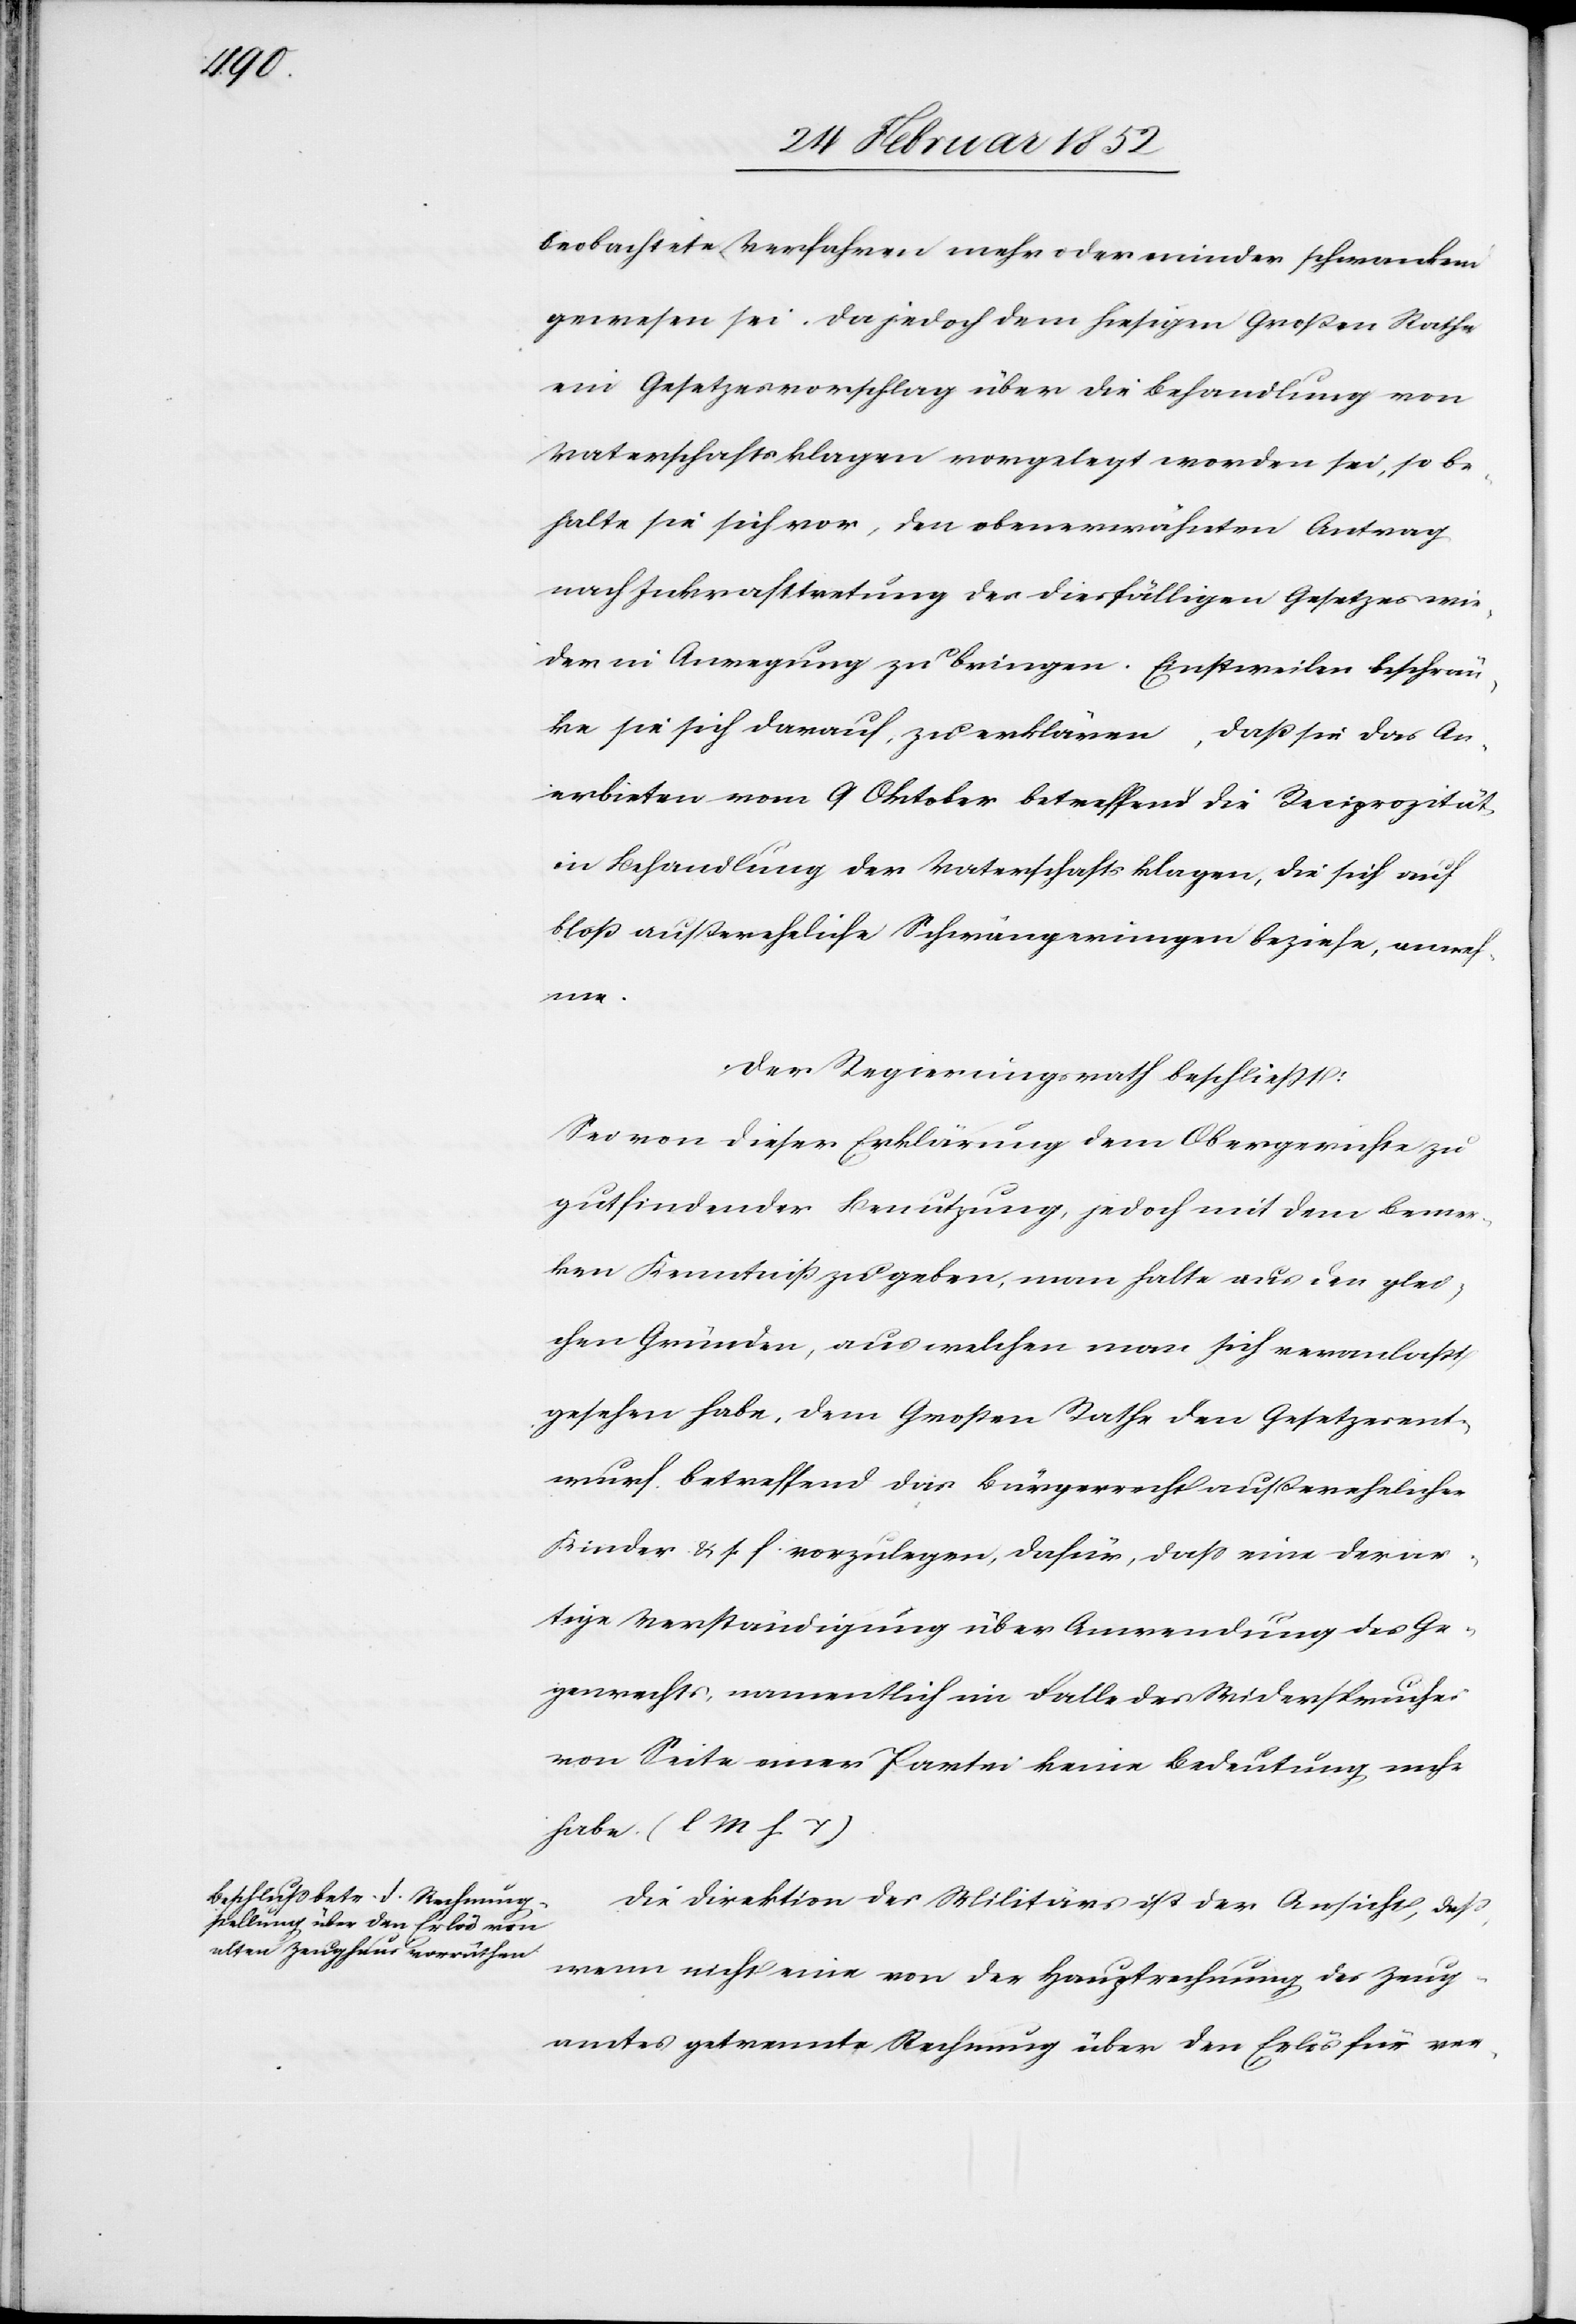
beobachtete Verfahren mehr oder minder schwankend
gewesen sei. Da jedoch dem hiesigen Großen Rathe
ein Gesetzesvorschlag über die Behandlung von
Vaterschaftsklagen vorgelegt worden sei, so be¬
halte sie sich vor, den obenerwähnten Antrag
nach Inkrafttretung des diesfälligen Gesetzes wie¬
der in Anregung zu bringen. Einstweilen beschrän¬
ke sie sich darauf, zu erklären, daß sie das An¬
erbieten vom 9 Oktober betreffend die Reciprozität
in Behandlung der Vaterschaftsklagen, die sich auf
bloß außereheliche Schwängerungen beziehe.
Der Regierungsrath beschließt:
Sei von dieser Erklärung dem Obergerichte zu
gutfindender Benutzung, jedoch mit dem Bemer¬
ken Kenntniß zu geben, man halte aus den glei¬
chen Gründen, aus welchen man sich veranlaßt
gesehen habe, dem Großen Rathe den Gesetzesent¬
wurf betreffend das Bürgerrecht außerehelicher
Kinder u. s. f. vorzulegen, dafür, daß eine derar¬
tige Verständigung über Anwendung des Ge¬
genrechts, namentlich im Falle des Widerspruches
von Seite einer Partei keine Bedeutung mehr
habe. (l M h T)
Die Direktion des Militärs ist der Ansicht, daß
wenn nicht eine von der Hauptrechnung des Zeug¬
amtes getrennte Rechnung über den Erlös für ver-